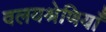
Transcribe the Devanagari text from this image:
वलयश्रेणियाँ